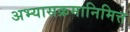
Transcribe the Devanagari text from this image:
अभ्यासक्रमानिमित्त